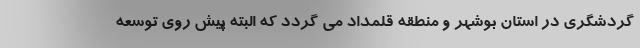
گردشگری در استان بوشهر و منطقه قلمداد می­ گردد که البته پیش روی توسعه